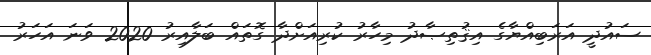
ސައުދީ އަރަބިއްޔާގެ އިޤުތިޞާދު މިހާރު ކުރިއަށްދާ ގޮތައް ބަލާއިރު 2020 ވަނަ އަހަރު